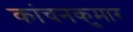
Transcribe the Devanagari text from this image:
कांचनकुमार